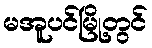
မအူပင်မြို့တွင်